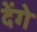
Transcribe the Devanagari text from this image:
देेंगे